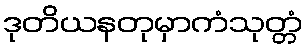
ဒုတိယနတုမှာကံသုတ္တံ